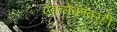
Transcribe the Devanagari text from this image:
एकमेकांवरही